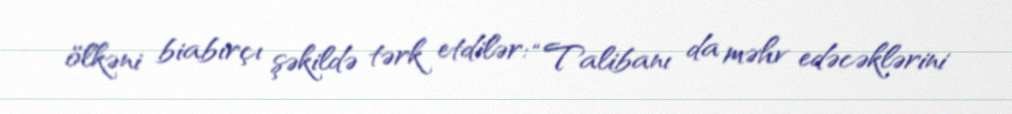
ölkəni biabırçı şəkildə tərk etdilər: “Talibanı da məhv edəcəklərini